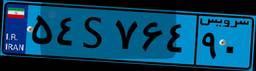
۴۶S۵۰۶۰۵